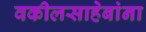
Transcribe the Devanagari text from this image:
वकीलसाहेबांना